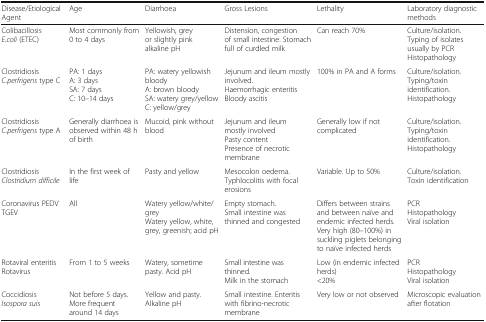
<table><thead><tr><td><b>Disease/Etiological Agent</b></td><td><b>Age</b></td><td><b>Diarrhoea</b></td><td><b>Gross Lesions</b></td><td><b>Lethality</b></td><td><b>Laboratory diagnostic methods</b></td></tr></thead><tbody><tr><td>Colibacillosis<i>E.coli</i> (ETEC)</td><td>Most commonly from 0 to 4 days</td><td>Yellowish, grey or slightly pinkalkaline pH</td><td>Distension, congestion of small intestine. Stomach full of curdled milk</td><td>Can reach 70%</td><td>Culture/isolation.Typing of isolates usually by PCRHistopathology</td></tr><tr><td>Clostridiosis<i>C.perfrigens</i> type C</td><td>PA: 1 daysA: 3 daysSA: 7 daysC: 10–14 days</td><td>PA: watery yellowish bloodyA: brown bloodySA: watery grey/yellowC: yellow/grey</td><td>Jejunum and ileum mostly involved.Haemorrhagic enteritisBloody ascitis</td><td>100% in PA and A forms</td><td>Culture/isolation.Typing/toxin identification.Histopathology</td></tr><tr><td>Clostridiosis<i>C.perfrigens</i> type A</td><td>Generally diarrhoea is observed within 48 h of birth</td><td>Mucoid, pink without blood</td><td>Jejunum and ileum mostly involvedPasty contentPresence of necrotic membrane</td><td>Generally low if not complicated</td><td>Culture/isolation.Typing/toxin identification.Histopathology</td></tr><tr><td>Clostridiosis<i>Clostridium difficile</i></td><td>In the first week of life</td><td>Pasty and yellow</td><td>Mesocolon oedema. Typhlocolitis with focal erosions</td><td>Variable. Up to 50%</td><td>Culture/isolation.Toxin identification</td></tr><tr><td>Coronavirus PEDVTGEV</td><td>All</td><td>Watery yellow/white/greyWatery yellow, white, grey, greenish; acid pH</td><td>Empty stomach.Small intestine was thinned and congested</td><td>Differs between strains and between naïve and endemic infected herds.Very high (80–100%) in suckling piglets belonging to naïve infected herds</td><td>PCRHistopathologyViral isolation</td></tr><tr><td>Rotaviral enteritisRotavirus</td><td>From 1 to 5 weeks</td><td>Watery, sometime pasty. Acid pH</td><td>Small intestine was thinned.Milk in the stomach</td><td>Low (in endemic infected herds)&lt;20%</td><td>PCRHistopathologyViral isolation</td></tr><tr><td>Coccidiosis<i>Isospora suis</i></td><td>Not before 5 days.More frequent around 14 days</td><td>Yellow and pasty. Alkaline pH</td><td>Small intestine. Enteritis with fibrino-necrotic membrane</td><td>Very low or not observed</td><td>Microscopic evaluation after flotation</td></tr></tbody></table>